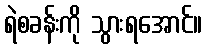
ရဲစခန်းကို သွားရအောင်။